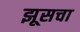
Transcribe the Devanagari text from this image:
झूसचा